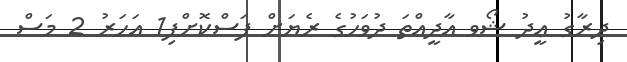
ދިރާގު ޢީދު ޝޯވ އާދީއްތަ ދުވަހުގެ ރެޔަށް ފަސްކޮށްފި1 އަހަރު 2 މަސް